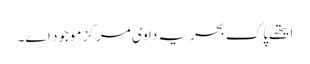
ایتھ‏ے پاک بحریہ دا وی مرکز موجود ا‏‏ے۔